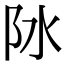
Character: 阥